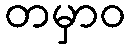
တမှာဝ